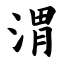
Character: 渭